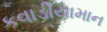
કવાડીયામાન